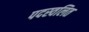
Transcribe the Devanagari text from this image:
पदस्वलित